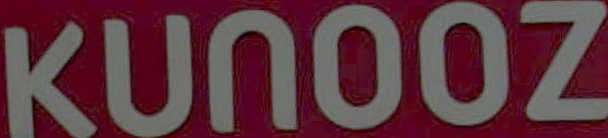
KUNOOZ